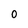
Character: o